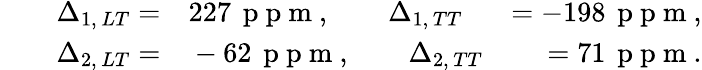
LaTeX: \begin{array}{rlr}{\Delta_{1,\, LT}=}&{{}227\, \mathrm{~p~p~m~},\qquad\Delta_{1,\, TT}}&{=-198\, \mathrm{~p~p~m~},}\\ {\qquad\Delta_{2,\, LT}=}&{{}-62\, \mathrm{~p~p~m~},\qquad\Delta_{2,\, TT}}&{=71\, \mathrm{~p~p~m~}.}\end{array}